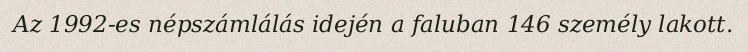
Az 1992-es népszámlálás idején a faluban 146 személy lakott.